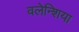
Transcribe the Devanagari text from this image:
वलेन्शिया